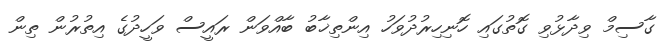
ގާސިމް ވިދާޅުވި ގޮތުގައި ހޮނިހިރުދުވަހު އިންތިޚާބު ބާއްވަން ރައީސް ވަހީދުގެ އިތުރުން ތިން